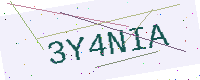
Text: 3Y4NIA